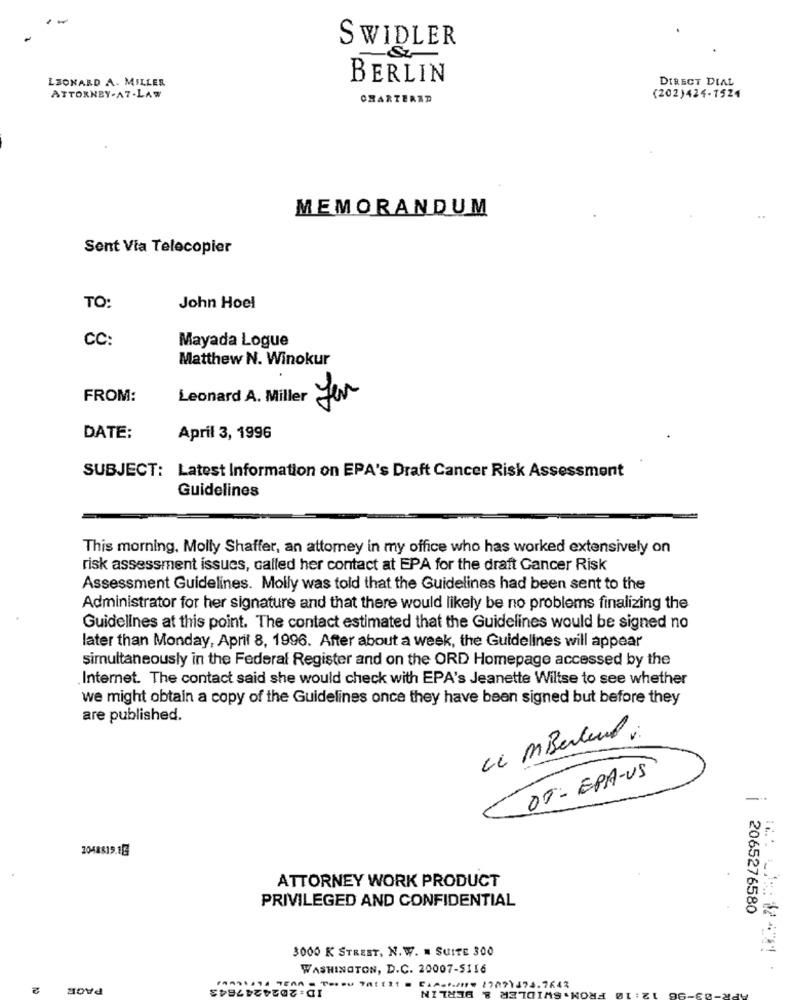
SWIDLER
LEONARD A. MILLER
BERLIN
DIRECT DIAL
ATTORNEY-A7-LAW
CHARTERAD
(202)424-1524
MEMORANDUM
Sent Via Telecopier
TO:
John Hoel
CC:
Mayada Logue
Matthew N. Winokur
FROM:
Leonard A. Miller Lar
DATE:
April 3, 1996
SUBJECT: Latest Information on EPA's Draft Cancer Risk Assessment
Guidelines
This morning. Molly Shaffer, an attorney in my office who has worked extensively on
risk assessment issues, called her contact at EPA for the draft Cancer Risk
Assessment Guidelines. Molly was told that the Guidelines had been sent to the
Administrator for her signature and that there would likely be no problems finalizing the
Guidelines at this point. The contact estimated that the Guidelines would be signed no
later than Monday, April 8, 1996. After about a week, the Guidelines will appear
simultaneously in the Federal Register and on the ORD Homepage accessed by the
Internet. The contact said she would check with EPA's Jeanette Wiltse to see whether
we might obtain a copy of the Guidelines once they have been signed but before they
are published.
ce MBerlend:
DF-EPA-US
2048819.16
ATTORNEY WORK PRODUCT
PRIVILEGED AND CONFIDENTIAL
2065276580
3000 K STREET, N. W. N SUITE 300
WASHINGTON, D.C. 20007-5116
PAGE